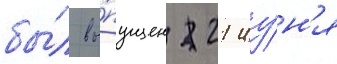
бы́л вы́пущен 21 иу́н'я